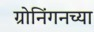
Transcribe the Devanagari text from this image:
ग्रोनिंगनच्या